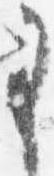
事